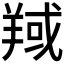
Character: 𦎘